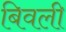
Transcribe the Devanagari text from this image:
बिवली